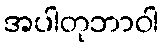
အပါတုဘာဝါ